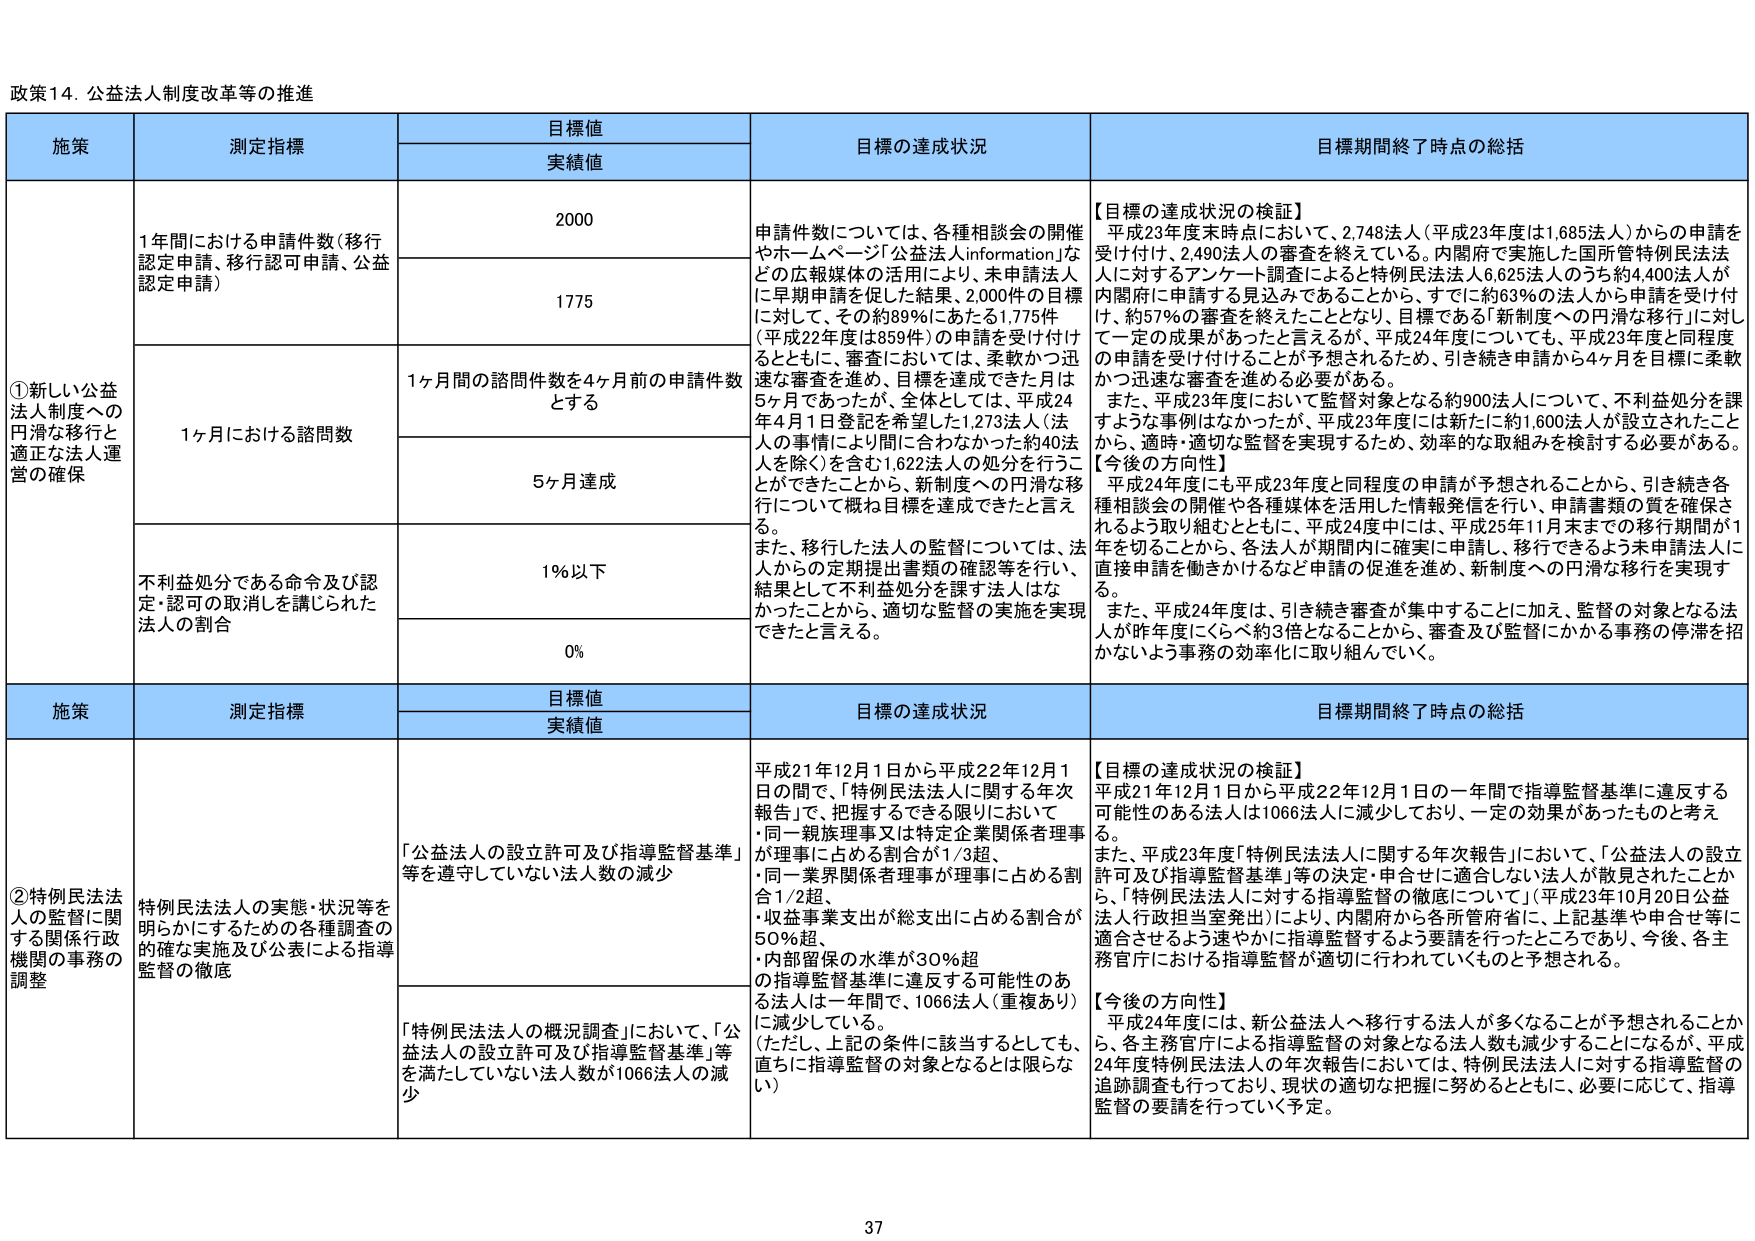
政策14. 公益法人制度改革等の推進

施策	測定指標	目標値	目標の達成状況	目標期間終了時点の総括
		実績値
①新しい公益法人制度への円滑な移行と適正な法人運営の確保	1年間における申請件数（移行認定申請、移行認可申請、公益認定申請）	2000	申請件数については、各種相談会の開催やホームページ「公益法人information」などの広報媒体の活用により、未申請法人に早期申請を促した結果、2,000件の目標に対して、その約89％にあたる1,775件（平成22年度は859件）の申請を受け付けるとともに、審査においては、柔軟かつ迅速な審査を進め、目標を達成できた月は5ヶ月であったが、全体としては、平成24年4月1日登記を希望した1,273法人（40人の事情により間い合わなかった約40法人を除く）を含む1,622法人の処分を行うことができたことから、新制度への円滑な移行について概ね目標を達成できたと言える。また、移行した法人の監督については、法人からの定期提出書類の確認等を行い、結果として不利益処分を課す法人はなかったことから、適切な監督の実施を実現できたと言える。	【目標の達成状況の検証】平成23年度末時点において、2,748法人（平成23年度は1,685法人）からの申請を受け付け、2,490法人の審査を終えている。内閣府で実施した国所管特例民法法人に対するアンケート調査によると特例民法法人6,625法人のうち約4,400法人が内閣府に申請する見込みであることから、すでに約63％の法人から申請を受け付け、約57％の審査を終えたこととなり、目標である「新制度への円滑な移行」に対して一定の成果があったと言えるが、平成24年度についても、平成23年度と同程度の申請を受け付けることが予想されるため、引き続き申請から4ヶ月を目標に柔軟かつ迅速な審査を進める必要がある。また、平成23年度において監督対象となる約900法人について、不利益処分を課すような事例はなかったが、平成23年度には新たに約1,600法人が設立されたことから、適時・適切な監督を実現するため、効率的な取組みを検討する必要がある。【今後の方向性】平成24年度にも平成23年度と同程度の申請が予想されることから、引き続き各種相談会の開催や各種媒体を活用した情報発信を行い、申請書類の質を確保されるよう取り組むとともに、平成24年度中には、平成25年11月末までの移行期間が1年を切ることから、各法人が期間内に確実に申請し、移行できるよう未申請法人に直接申請を働きかけるなど申請の促進を進め、新制度への円滑な移行を実現する。また、平成24年度は、引き続き審査が集中することに加え、監督の対象となる法人が昨年度にくらべ約3倍となることから、審査及び監督にかかる事務の停滞を招かないよう事務の効率化に取り組んでいく。
		1775
	1ヶ月における諮問数	1ヶ月間の諮問件数を4ヶ月前の申請件数とする
		5ヶ月達成
	不利益処分である命令及び認定・認可の取消しを講じられた法人の割合	1％以下
		0％

施策	測定指標	目標値	目標の達成状況	目標期間終了時点の総括
		実績値
②特例民法法人の監督に関する関係行政機関の事務の調整	特例民法法人の実態・状況等を明らかにするための各種調査の的確な実施及び公表による指導監督の徹底	「公益法人の設立許可及び指導監督基準」等を遵守していない法人数の減少	平成21年12月1日から平成22年12月1日の間で、「特例民法人に関する年次報告」で、把握するできる限りにおいて「同一親族理事又は特定企業関係者理事が理事に占める割合が1/3超、・同一業界関係者理事が理事に占める割合1/2超、・収益事業支出が総支出に占める割合が50％超、・内部留保の水準が30％超の指導監督基準に違反する可能性のある法人は一年間で、1066法人（重複あり）に減少している。（ただし、上記の条件に該当するとしても、直ちに指導監督の対象となるとは限らない）	【目標の達成状況の検証】平成21年12月1日から平成22年12月1日の一年間で指導監督基準に違反する可能性のある法人は1066法人に減少しており、一定の効果があったものと考える。また、平成23年度「特例民法法人に関する年次報告」において、「公益法人の設立許可及び指導監督基準」等の決定・申合せに適合しない法人が散見されたことから、「特例民法法人に対する指導監督の徹底について」（平成23年10月20日公益法人行政担当室発出）により、内閣府から各所管府省に、上記基準や申合せ等に適合させるよう速やかに指導監督するよう要請を行ったところであり、今後、各主務官庁における指導監督が適切に行われていくものと予想される。【今後の方向性】平成24年度には、新公益法人へ移行する法人が多くなることが予想されることから、各主務官庁による指導監督の対象となる法人数も減少することになるが、平成24年度特例民法法人の年次報告においては、特例民法法人に対する指導監督の追跡調査も行っており、現状の適切な把握に努めるとともに、必要に応じて、指導監督の要請を行っていく予定。
		「特例民法法人の概況調査」において、「公益法人の設立許可及び指導監督基準」等を満たしていない法人数が1066法人の減少

37